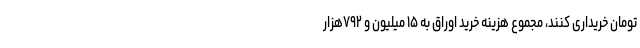
تومان خریداری کنند، مجموع هزینه خرید اوراق به ۱۵ میلیون و ۷۹۲هزار